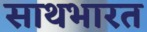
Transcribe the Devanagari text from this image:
साथभारत